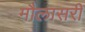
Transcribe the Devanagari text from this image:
मौलासरी